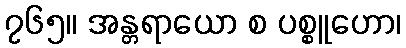
၇၆၅။ အန္တရာယော စ ပစ္စူဟော၊